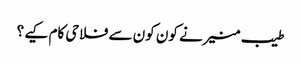
طیب منیرنے کون کون سے فلاحی کام کیے ؟